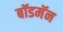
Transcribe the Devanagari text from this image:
बॉडमॅन